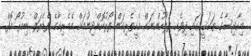
މިހާދިސާގެ ތަޙުޤީޤުގައި ދިވެހި ފުލުހުންނަށް އެހީތެރިކަން ފޯރުކޮށްދިނުމަށް އެމެރިކާގެ ފެޑެރަލް ބިއުރޯ އޮފް